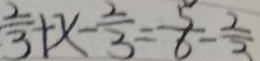
\frac { 2 } { 3 } + x - \frac { 2 } { 3 } = \frac { 5 } { 6 } - \frac { 2 } { 3 }